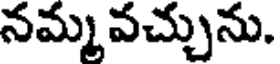
నమ్మ వచ్చును.